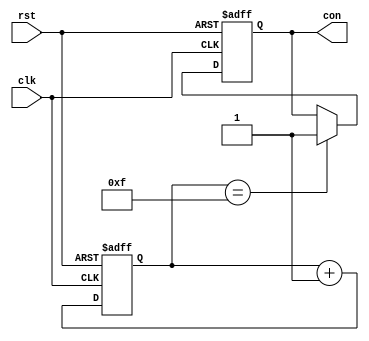
/******************************************************************************************
Author:  
E-mail 1390000666@qq.com
Device:  DSE-EP2C5
Tool:    Quartus 9.0
Function:161
Version: 2022-2-24 v1.0
********************************************************************************************/
module SixteenCount(clk,rst,con);
input clk;
input rst;
reg [3:0] cnt;
output reg con=0;


always @(posedge clk or negedge rst)
	begin
		if(!rst) begin
			cnt<=0;
			con=0;
		end
		else begin
			if (cnt == 4'b1111) con<=1;
			cnt <= cnt + 4'b0001;
		end
	end


endmodule